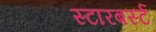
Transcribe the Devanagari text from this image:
स्टारबर्स्ट